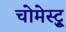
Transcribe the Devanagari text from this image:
चोमेस्ट्रु